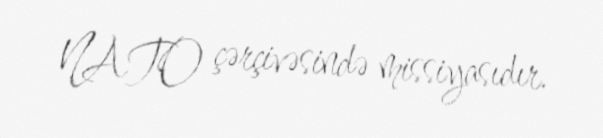
NATO çərçivəsində missiyasıdır.